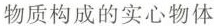
物质构成的实心物体